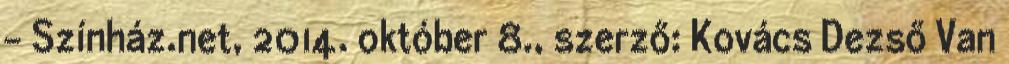
- Színház.net, 2014. október 8., szerző: Kovács Dezső Van